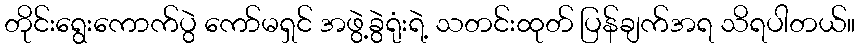
တိုင်းရွေးကောက်ပွဲ ကော်မရှင် အဖွဲ့ခွဲရုံးရဲ့ သတင်းထုတ် ပြန်ချက်အရ သိရပါတယ်။